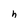
Character: h